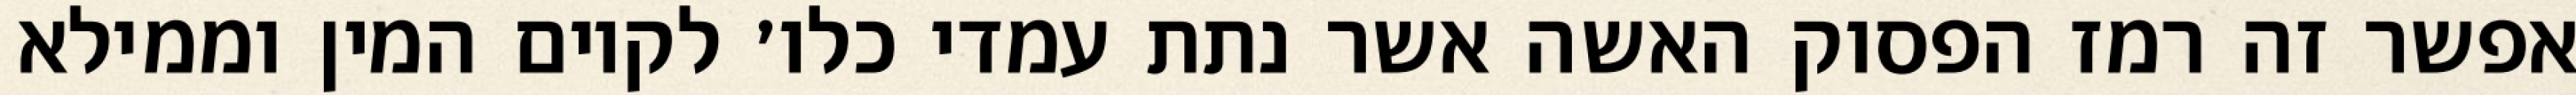
אפשר זה רמז הפסוק האשה אשר נתת עמדי כלו׳ לקיום המין וממילא